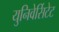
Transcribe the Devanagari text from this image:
युनिवेर्सिटेट